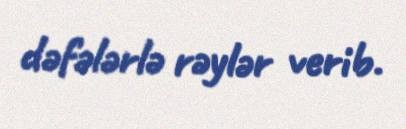
dəfələrlə rəylər verib.